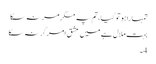
تمہارا ہو تو گیا، تم پہ مگر مر نہ سکا
بہت ملال ہے میں عشق امر کر نہ سکا
4۔